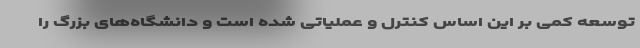
توسعه کمی بر این اساس کنترل و عملیاتی شده است و دانشگاه‌های بزرگ را